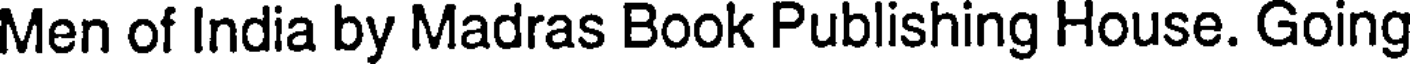
Men of India by Madras Book Publishing House. Going